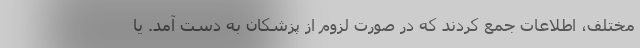
مختلف، اطلاعات جمع کردند که در صورت لزوم از پزشکان به دست آمد. یا